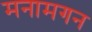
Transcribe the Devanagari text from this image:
मनामगन